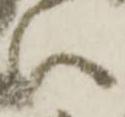
い